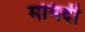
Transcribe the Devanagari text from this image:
ममिदी